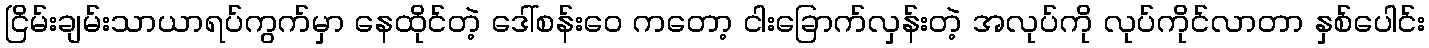
ငြိမ်းချမ်းသာယာရပ်ကွက်မှာ နေထိုင်တဲ့ ဒေါ်စန်းဝေ ကတော့ ငါးခြောက်လှန်းတဲ့ အလုပ်ကို လုပ်ကိုင်လာတာ နှစ်ပေါင်း